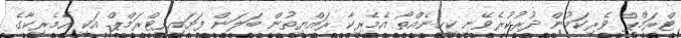
ޓްރަމްޕް ވެރިކަމުން ދުރުކުރެވޭނީ ކިހިނެއްތޯ އެމެރިކާ ރައްޔިތުން ބަލަން ފަށައިފިޓްރަމްޕް އަކީ އެމެރިކާގެ